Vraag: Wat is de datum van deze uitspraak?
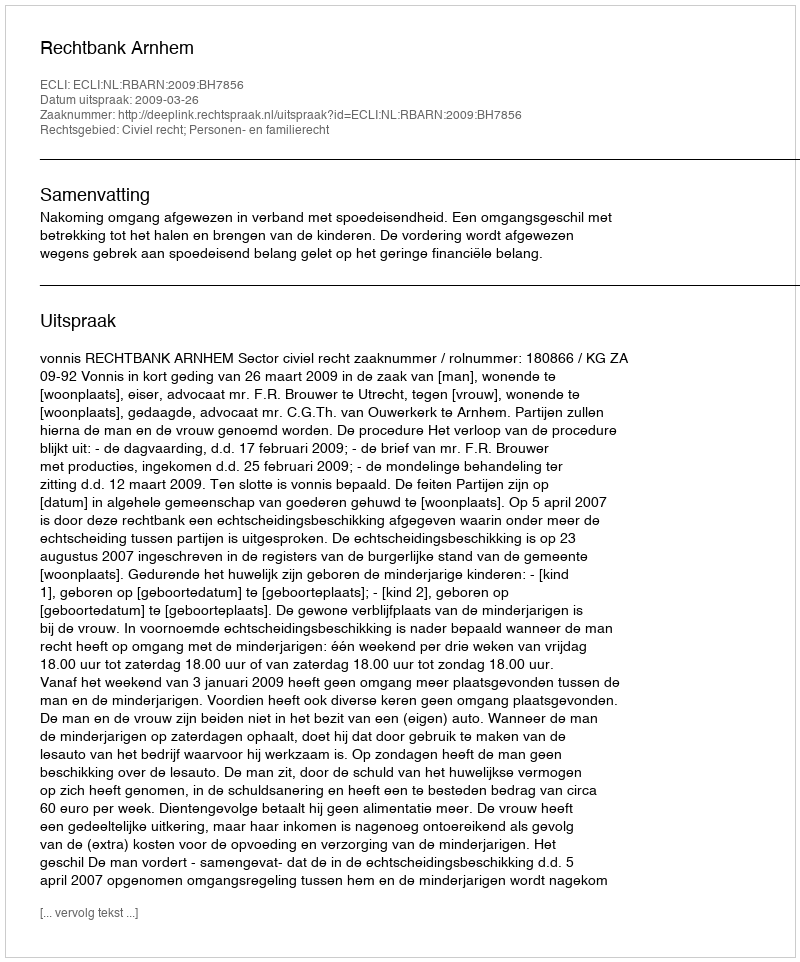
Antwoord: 2009-03-26